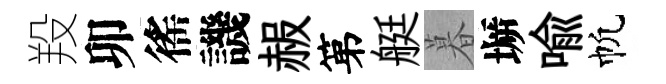
羖卯徭譏赧第艇暮󶱲喩帆